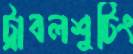
ট্রাবলশুটিং